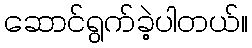
ဆောင်ရွက်ခဲ့ပါတယ်။